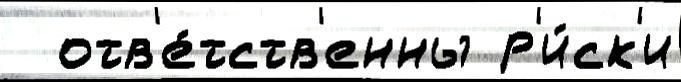
  отв'е́тств'енны р'и́ск'и